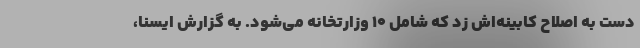
دست به اصلاح کابینه‌اش زد که شامل ۱۰ وزارتخانه می‌شود. به گزارش ایسنا،